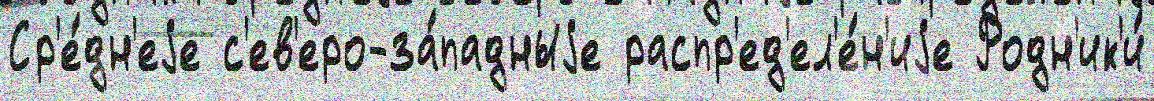
Ср'е́дн'еjе с'ев'еро-за́падныjе распр'ед'ел'е́н'иjе Родн'ик'и́